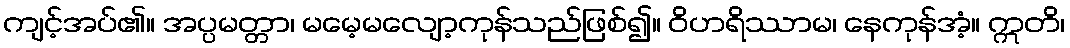
ကျင့်အပ်၏။ အပ္ပမတ္တာ၊ မမေ့မလျော့ကုန်သည်ဖြစ်၍။ ဝိဟရိဿာမ၊ နေကုန်အံ့။ ဣတိ၊